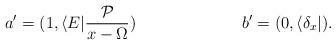
LaTeX: \begin{align*}a'&= (1,\langle E|\frac{\mathcal{P}}{x-\Omega})& b'&=(0,\langle\delta_x|).\end{align*}